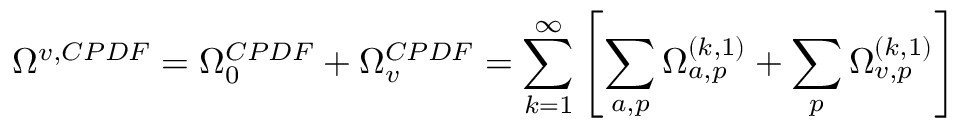
\Omega ^ { v , C P D F } = \Omega _ { 0 } ^ { C P D F } + \Omega _ { v } ^ { C P D F } = \sum _ { k = 1 } ^ { \infty } \left[ \sum _ { a , p } \Omega _ { a , p } ^ { ( k , 1 ) } + \sum _ { p } \Omega _ { v , p } ^ { ( k , 1 ) } \right]